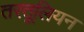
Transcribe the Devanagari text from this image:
तरतूलियन